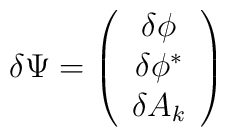
\delta\Psi = \left(\begin{array}{c}\delta\phi \\\delta\phi^{\ast} \\\delta A_{k} \end{array} \right)